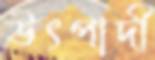
উৎপাদী